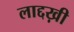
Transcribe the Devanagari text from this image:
लाद्दख़ी